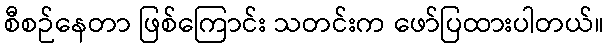
စီစဉ်နေတာ ဖြစ်ကြောင်း သတင်းက ဖော်ပြထားပါတယ်။